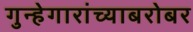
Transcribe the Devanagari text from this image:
गुन्हेगारांच्याबरोबर